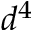
d ^ { 4 }